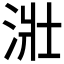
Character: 𣴣